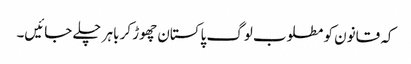
کہ قانون کو مطلوب لوگ پاکستان چھوڑ کر باہر چلے جائیں۔